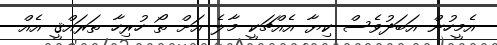
އެމީހުން އަބަދުވެސް ކިޔާ އެއްޗަކީ މާލެ އަށް ތޯ ހުރިހާ ތަރައްޤީ އެއް